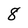
Character: 8